Calcutta medical institutions reports 1879-81 [i.e.91]
Year: 1879
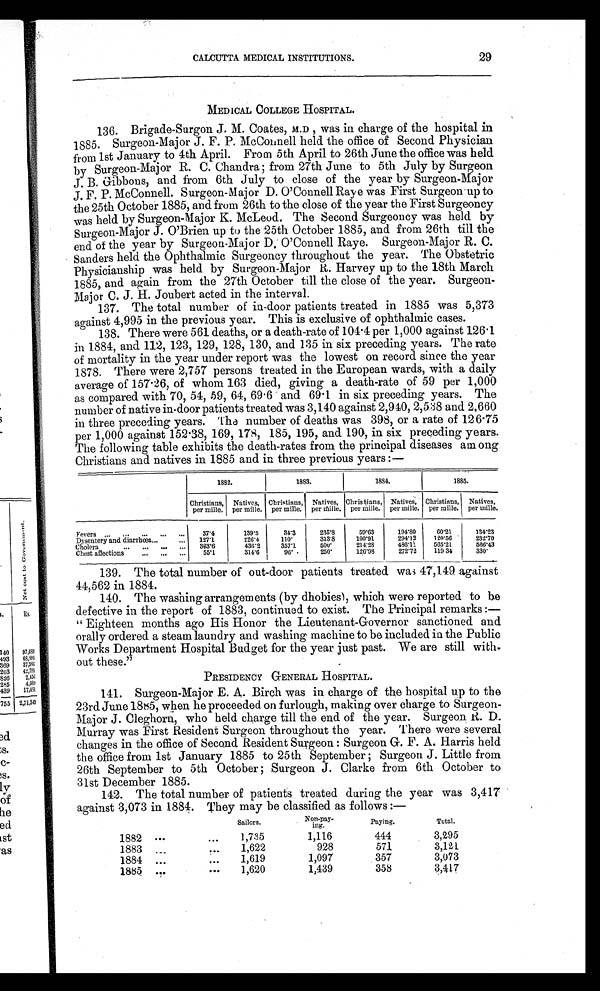
CALCUTTA MEDICAL INSTITUTIONS.
29
MEDICAL COLLEGE HOSPITAL.
136. Brigade-Surgon J. M. Coates, M.D,w a s i n c h a r g e o f t h e h o s p i t a li
n
1885. Surgeon-Major J. F. P. McConnell held the office of Second Physician
from 1st January to 4th April. From 5th April to 26th June the office was held
by Surgeon-Major R. C. Chandra ; from 27th June to 5th July by Surgeon
J. B. Gibbons, and from 6th July to close of the year by Surgeon-Major
J. F. P. McConnell. Surgeon-Major D. O'Connell Raye was First Surgeon up to
the 25th October 1885, and from 26th to the close of the year the First Surgeoncy
was held by Surgeon-Major K. McLeod. The Second Surgeoncy was held by
Surgeon-Major J. O'Brien up to the 25th October 1885, and from 26th till the
end of the year by Surgeon-Major D. O'Connell Raye. Surgeon-Major R. C.
Sanders held the Ophthalmic Surgeoncy throughout the year. The Obstetric
Physicianship was held by Surgeon-Major R. Harvey up to the 18th March
1885, and again from the 27th October till the close of the year. Surgeon-
Major C. J. H. Joubert acted in the interval.
137. The total number of in-door patients treated in 1885 was 5,373
against 4,995 in the previous year. This is exclusive of ophthalmic cases.
138. There were 561 deaths, or a death-rate of 104.4 per 1,000 against 126.1
in 1884, and 112, 123, 129, 128, 130, and 135 in six preceding years. The rate
of mortality in the year under report was the lowest on record since the year
1878. There were 2,757 persons treated in the European wards, with a daily
average of 157.26, of whom 163 died, giving a death-rate of 59 per 1,000
as compared with 70, 54, 59, 64, 69.6 and 69.1 in six preceding years. The
number of native in-door patients treated was 3,140 against 2,940, 2,538 and 2,660
in three preceding years. The number of deaths was 398, or a rate of 126.75
per 1,000 against 152 .38, 169, 178, 185, 195, and 190, in six preceding years.
The following table exhibits the death-rates from the principal diseases among
Christians and natives in 1885 and in three previous years :—
1882.
1 8 8 3 .
1 8 8 4 .
1885.
Christians,
per mille.
Natives,
per mille.
Christians,
per mille.
Natives,
per mille.
Christians,
per mille.
Natives,
per mille.
Christians,
per mille.
Natives,
per mille.
Fevers ...
...
... ... ...
37.4
139.5
34.3
235.8
59.63
194.80
60.21
134.23
Dysentery and diarrhœa ...
...
127. 1
226.4
110.
313.8
100.91
294.12
120.56
232.70
Cholera
3 6 3 . 6
4 3 6 . 2
3 5 7 . 1
5 0 0 .
2 1 4 . 2 8
4 8 6 . 1 1
5 6 5 . 2 1
5 6 6 . 4 3
Chest affections
...
. . . ...
55.1
314.6
96.
250.
126.98
272.72
119.34
3 3 0 .
139. The total number of out-door patients treated was 47,149 against
44,562 in 1884.
140. The washing arrangements (by dhobies), which were reported to be
defective in the report of 1883, continued to exist. The Principal remarks :—
"Eighteen months ago His Honor the Lieutenant-Governor sanctioned and
orally ordered a steam laundry and washing machine to be included in the Public
Works Department Hospital Budget for the year just past. We are still with
out these."
PRESIDENCY GENERAL HOSPITAL.
141. Surgeon-Major E. A. Birch was in charge of the hospital up to the
23rd June 1885, when he proceeded on furlough, making over charge to Surgeon-
Major J. Cleghorn, who held charge till the end of the year. Surgeon R. D.
Murray was First Resident Surgeon throughout the year. There were several
changes in the office of Second Resident Surgeon : Surgeon G. F. A. Harris held
the office from 1st January 1885 to 25th September ; Surgeon J. Little from
26th September to 5th October ; Surgeon J. Clarke from 6th October to
31st December 1885.
142. The total number of patients treated during the year was 3,417
against 3,073 in 1884. They may be classified as follows :—
Sailors.
Non-pay- i n g .
Paying.
Total.
1882
...
...
1,735
1,116
444
3,295
1883
...
...
1,622
928
571
3,121
1884
...
...
1,619
1,097
357
3,073
1885
... ...
1,620
1, 439
358
3 , 4 1 7